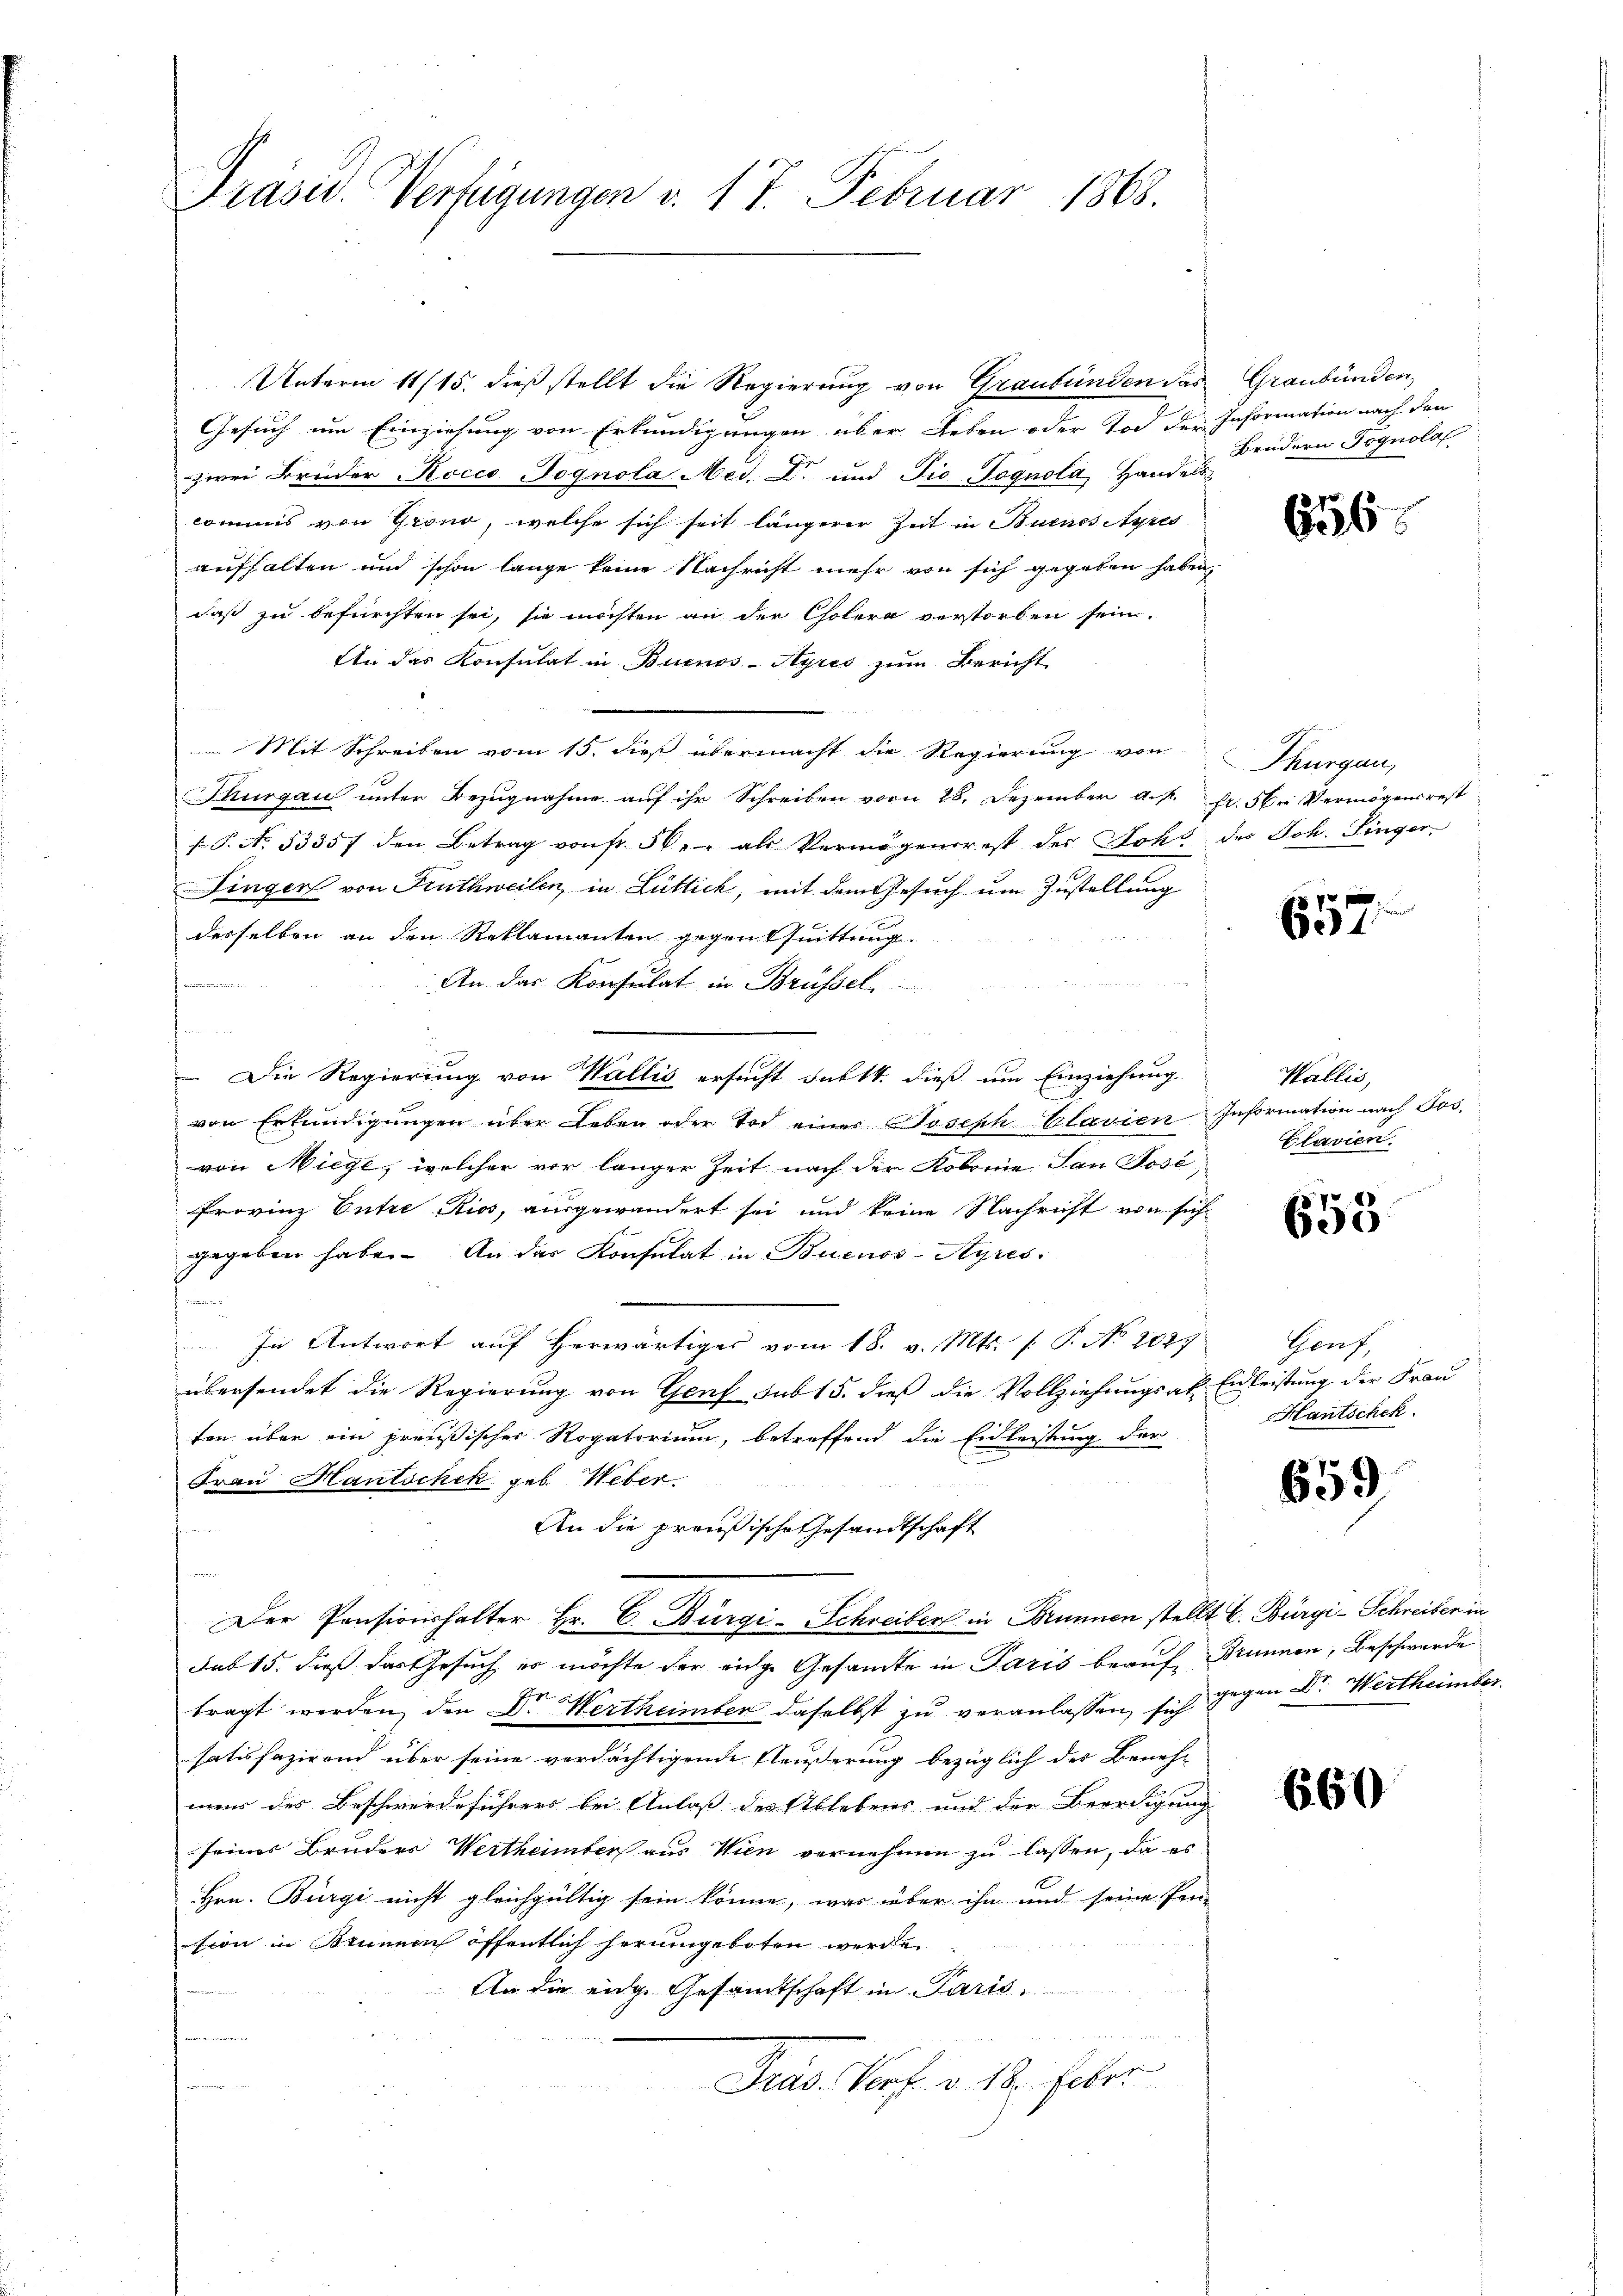
Präsid. Verfügungen v. 17. Februar 1863.

Unterm 11/15. dieß stellt die Regierung von Graubünden das Graubünden,
Gesuch um Einziehung von Erkundigungen über Leben oder Tod der Information nach den
zwei Brüder Rocco Jognola Med. Dr. und die Pognola Handels
commis von Grond, welche sich seit längerer Zeit in Buenos Ayres
aufhalten und schon lange keine Nachricht mehr von sich gegeben haben,
daß zu befürchten sei, sie möchten an der Cholera verstorben sein.
An das Konsulat in Buenos-Ayres zum Bericht
Mit Schreiben vom 15. dieß übermacht die Regierung von Thurgau,
Thurgau unter Bezugnahme auf ihr Schreiben vom 28. Dezember a. f. fr. 5. Vermögensrest
P. No. 53357 den Betrag von fr. 50. als Vermögensrest der Sohn des Joh. Singer¬
Fingen von Fruthweilen, in Lüttich, mit dem Gesuch um Zustellung
desselben an den Reklamanten gegen Quittung.
u
An das Konsulat in Brüssel.
s
2
Die Regierung von Wallis ersucht sub 14. dieß um Einziehung
von Erkundigungen über Leben oder Tod einer Joseph Clavien Information nach Jos.
von Miege, welcher vor langer Zeit nach der Robene San Jose,
Frovinz Entre Ries, ausgewandert sei und keine Nachricht von sich
gegeben habe. An das Konsulat in Buenos-Ayresh
In Antwort aŭf herwärtiges vom 18. v. Mts. f. P. Nr. 2027 Genf,
übersendet die Regierung von Genf sub 15. dieß die Vollziehungsakt Einleistung der Frau
ten über ein preußischer Rogatorium, betreffend die Eidleistung der
Frau Hantschek geb. Weber

An die preußische Gesandtschaft
Der Pensionshalter Hr. C. Bürgi-Schreiber in Brunnen stellt C. Bürgi-Schreiber in
sas 15. dieß das Gesuch es möchte der eidge Gesandte in Paris beauf Brunnen, Beschwerde
tragt werden, den Dr. Wertheimber daselbst zu veranlassen, sich gegen Dr. Wertheimler
satisfazirend über seine verdächtigende Fleußerung bezüglich des Beneh-
meir der Beschwerdeführers bei Anlaß des Ablebens und der Beerdigung
seines Bruders Wertheimter aus Wien vernehmen zu lassen, da es
Hrn. Bürgi nicht gleichgültig sein könne, was über ihn und seine Pen-
sion in Sinnern öffentlich herumgeboten werde.
An die eidg. Gesandtschaft in Paris
e
Prag. Porf. v. 18. Febr.
deinen

Brüdern Gognola

656

n
657

Wallis,
Clavien.

658

Hantschek.

659

660